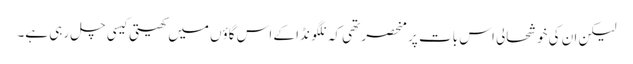
لیکن ان کی خوشحالی اس بات پر منحصر تھی کہ نلگونڈا کے اس گاؤں میں کھیتی کیسی چل رہی ہے۔